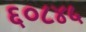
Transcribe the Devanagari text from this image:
६०८४५